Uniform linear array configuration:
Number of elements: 16
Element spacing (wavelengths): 0.75
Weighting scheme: cosine
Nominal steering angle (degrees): -15
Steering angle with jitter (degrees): -16.344
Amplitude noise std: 0.05
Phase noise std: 0.05

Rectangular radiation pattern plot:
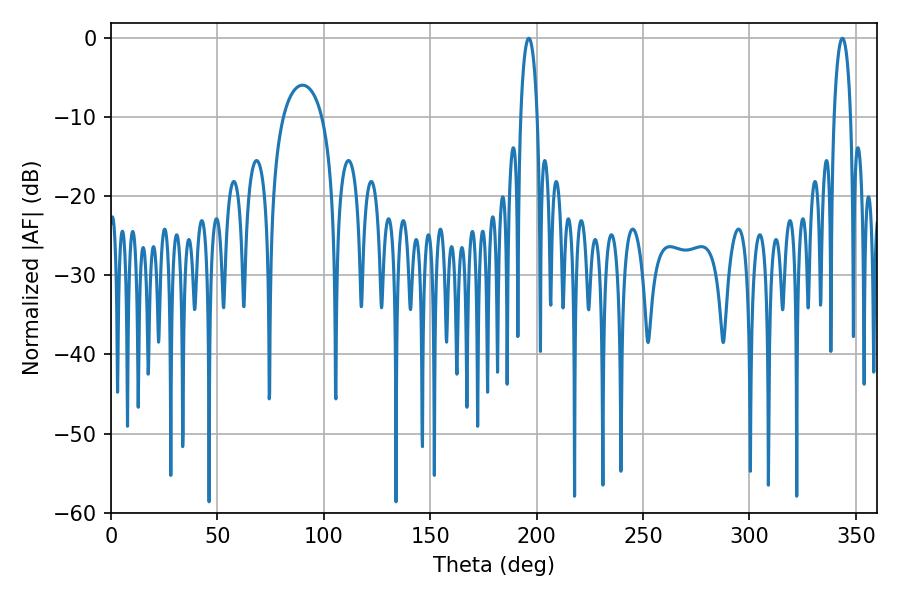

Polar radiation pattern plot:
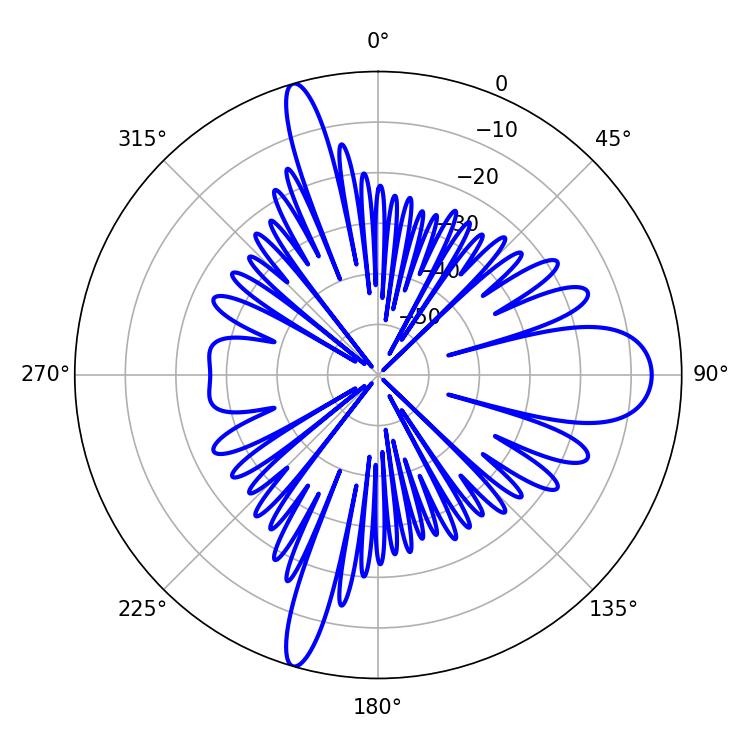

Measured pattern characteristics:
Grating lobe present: TRUE
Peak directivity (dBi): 18.566
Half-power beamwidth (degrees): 4.5
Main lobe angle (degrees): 196.38